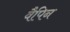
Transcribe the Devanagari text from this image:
वैपिन